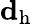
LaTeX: \mathbf{d_{\mathrm{h}}}